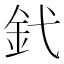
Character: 釴